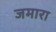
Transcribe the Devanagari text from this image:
जमारा